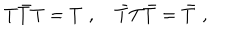
LaTeX: T \bar { T } T = T \, \, , \quad \bar { T } T \bar { T } = \bar { T } \, \, ,